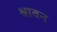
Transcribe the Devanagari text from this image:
श्रावन